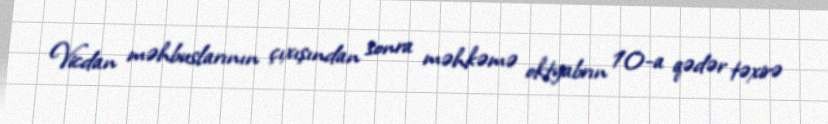
Vicdan məhbuslarının çıxışından sonra məhkəmə oktyabrın 10-a qədər təxirə